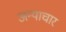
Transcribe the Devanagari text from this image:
अन्याचार